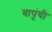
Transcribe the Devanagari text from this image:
बापूंची